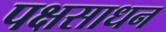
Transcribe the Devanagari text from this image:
पक्षसाधन